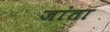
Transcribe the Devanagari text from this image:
जांता